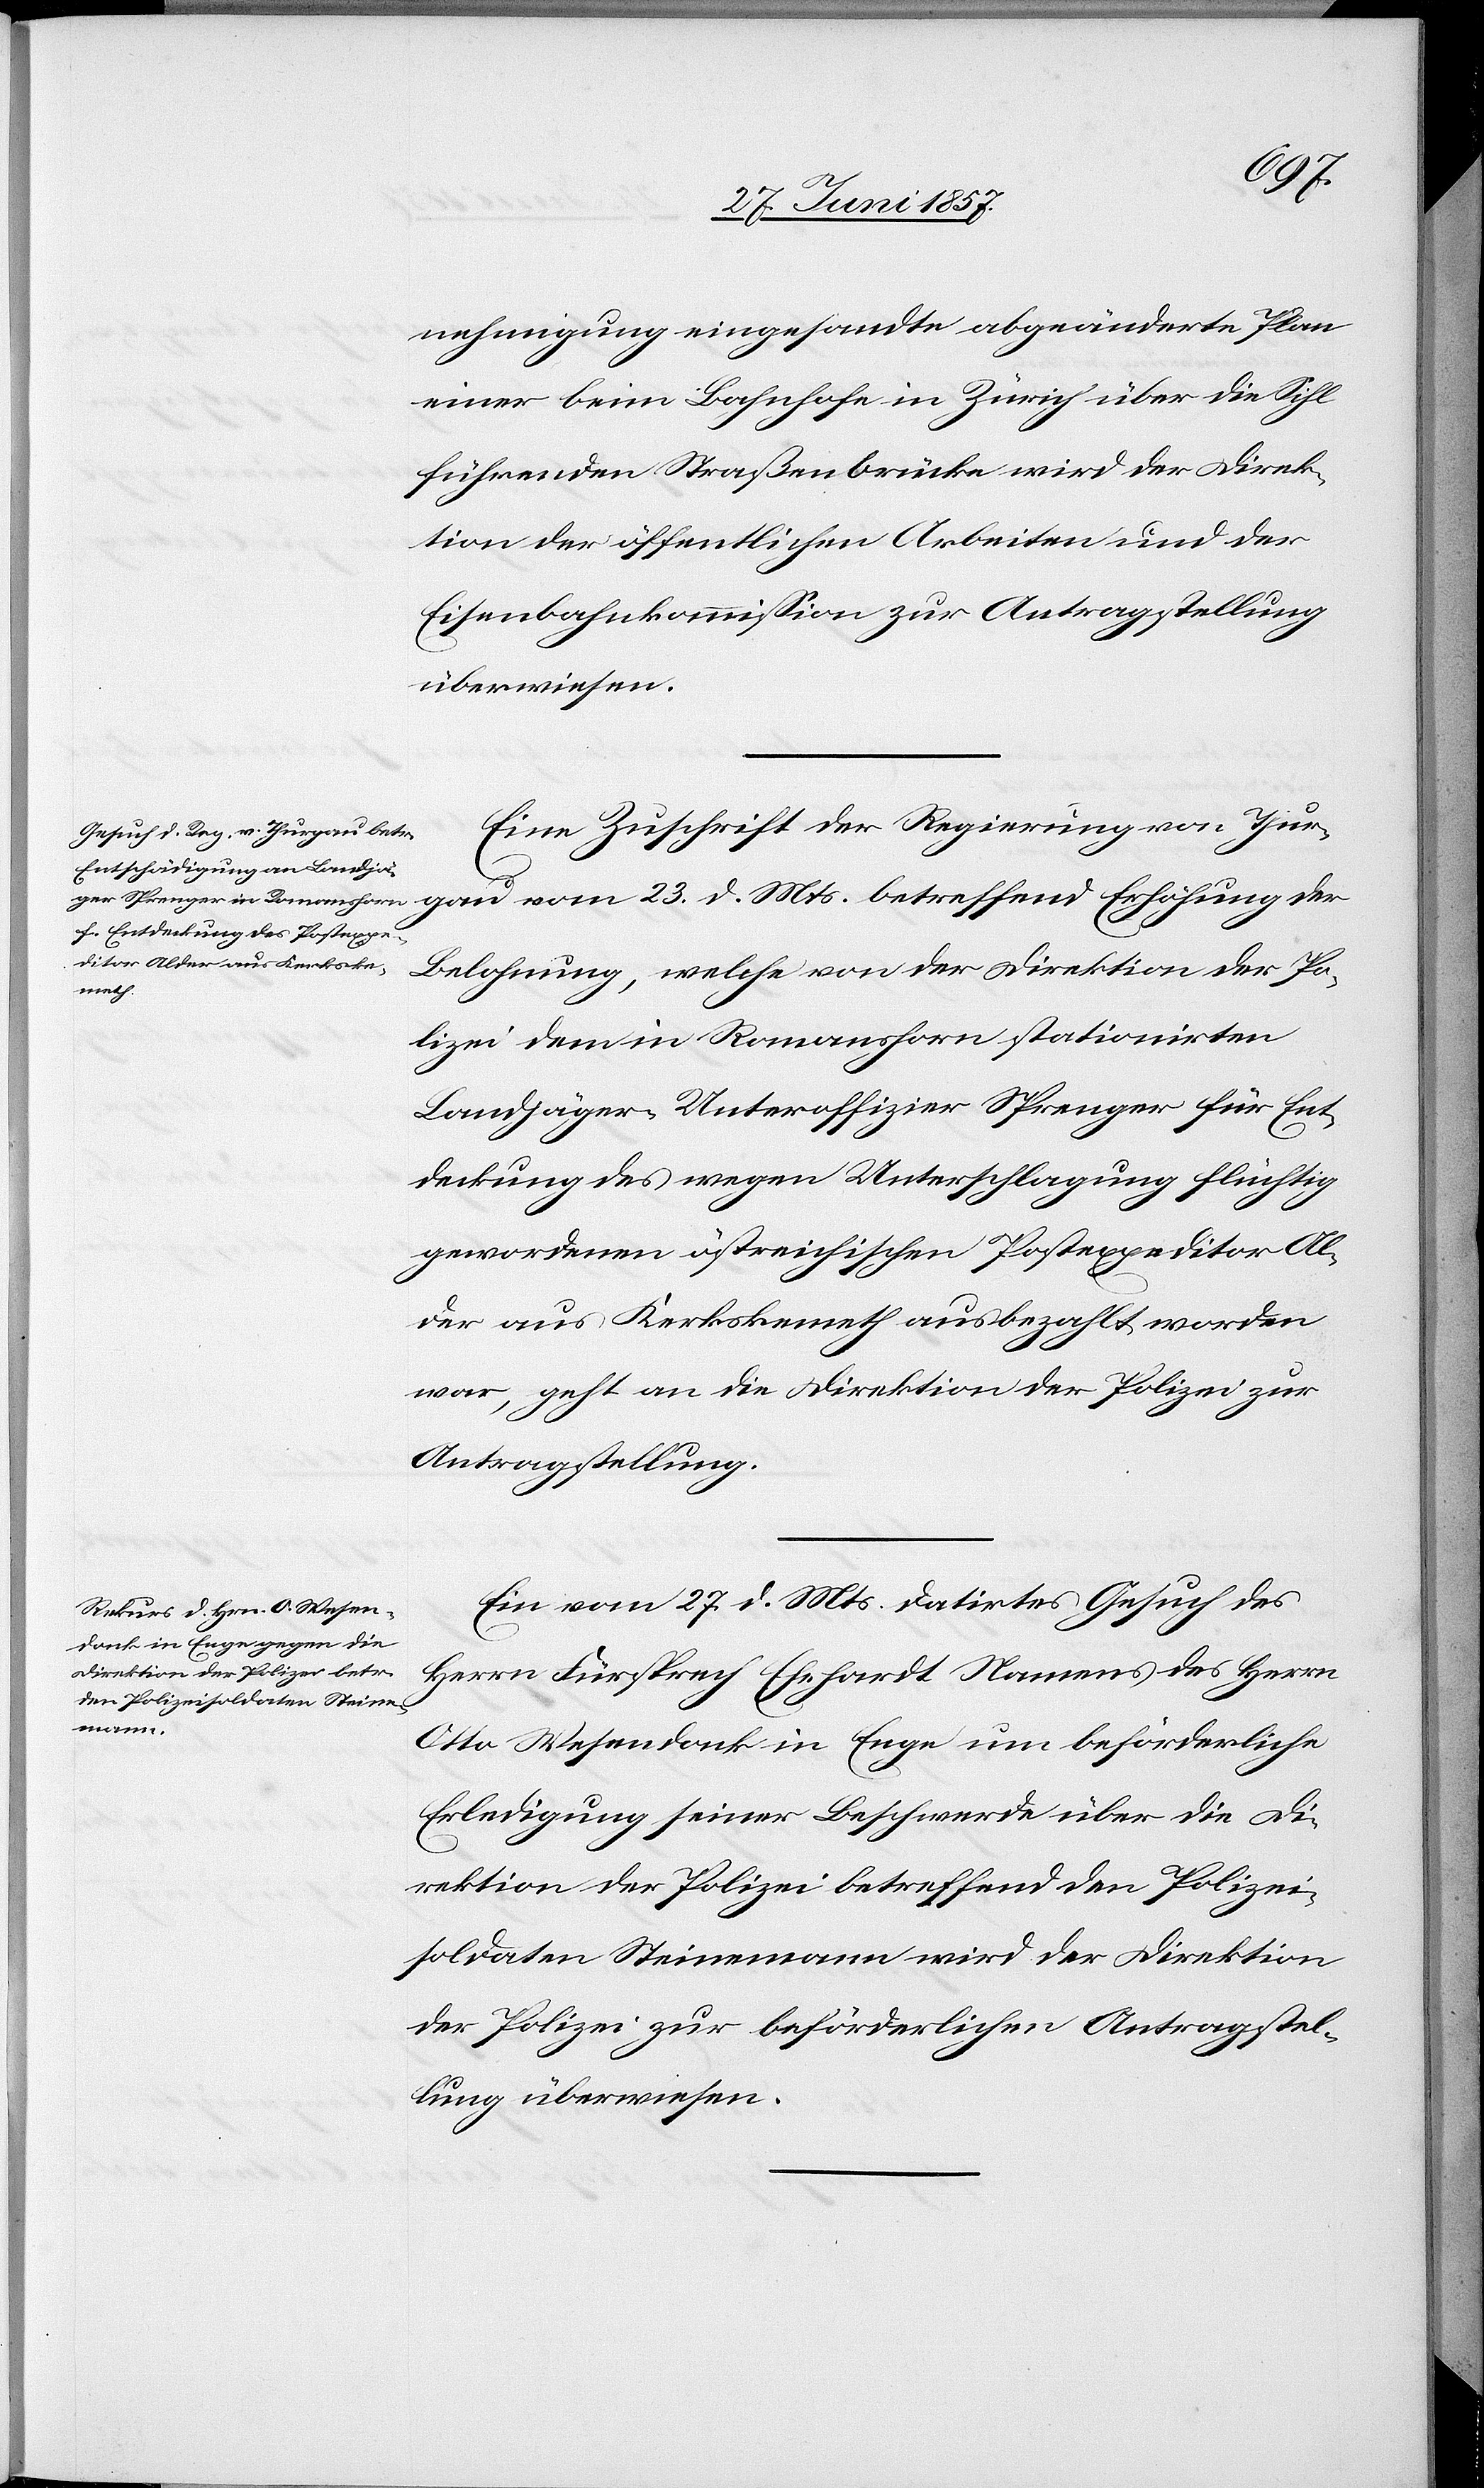
29 Juni 1857.]
nehmigung eingesandte abgeänderte Plan
einer beim Bahnhofe in Zürich über die Sihl
führenden Straßenbrücke wird der Direk¬
tion der öffentlichen Arbeiten und der
Eisenbahnkommission zur Antragstellung
überwiesen.
Eine Zuschrift der Regierung von Thur¬
Actum den
Belohnung, welche von der Direktion der Po¬
lizei dem in Romanshorn stationirten
Landjäger-Unteroffizier Sprenger für Ent¬
deckung des wegen Unterschlagung flüchtig
gewordenen östreichischen Postexpeditor Al¬
der aus Kerkskemeth ausbezahlt worden
war, geht an die Direktion der Polizei zur
Antragstellung.
Ein vom 27 d. Mts. datirtes Gesuch des
Herrn Fürsprech Ehrhardt Namens des Herrn
Otto Wesendonk in Enge um beförderliche
Erledigung seiner Beschwerde über die Di¬
rektion der Polizei betreffend den Polizei¬
soldaten Steinemann wird der Direktion
der Polizei zur beförderlichen Antragstel¬
lung überwiesen.